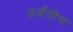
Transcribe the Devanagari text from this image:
सर्वंगीण